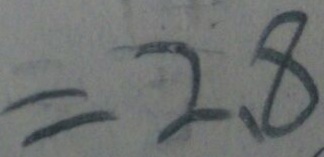
= 2 . 8